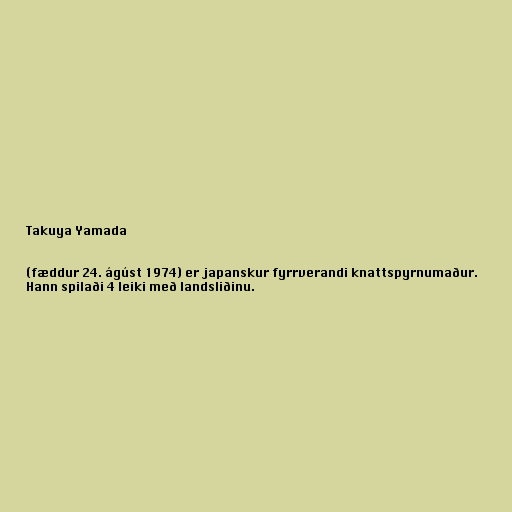
Takuya Yamada

(fæddur 24. ágúst 1974) er japanskur fyrrverandi knattspyrnumaður.
Hann spilaði 4 leiki með landsliðinu.